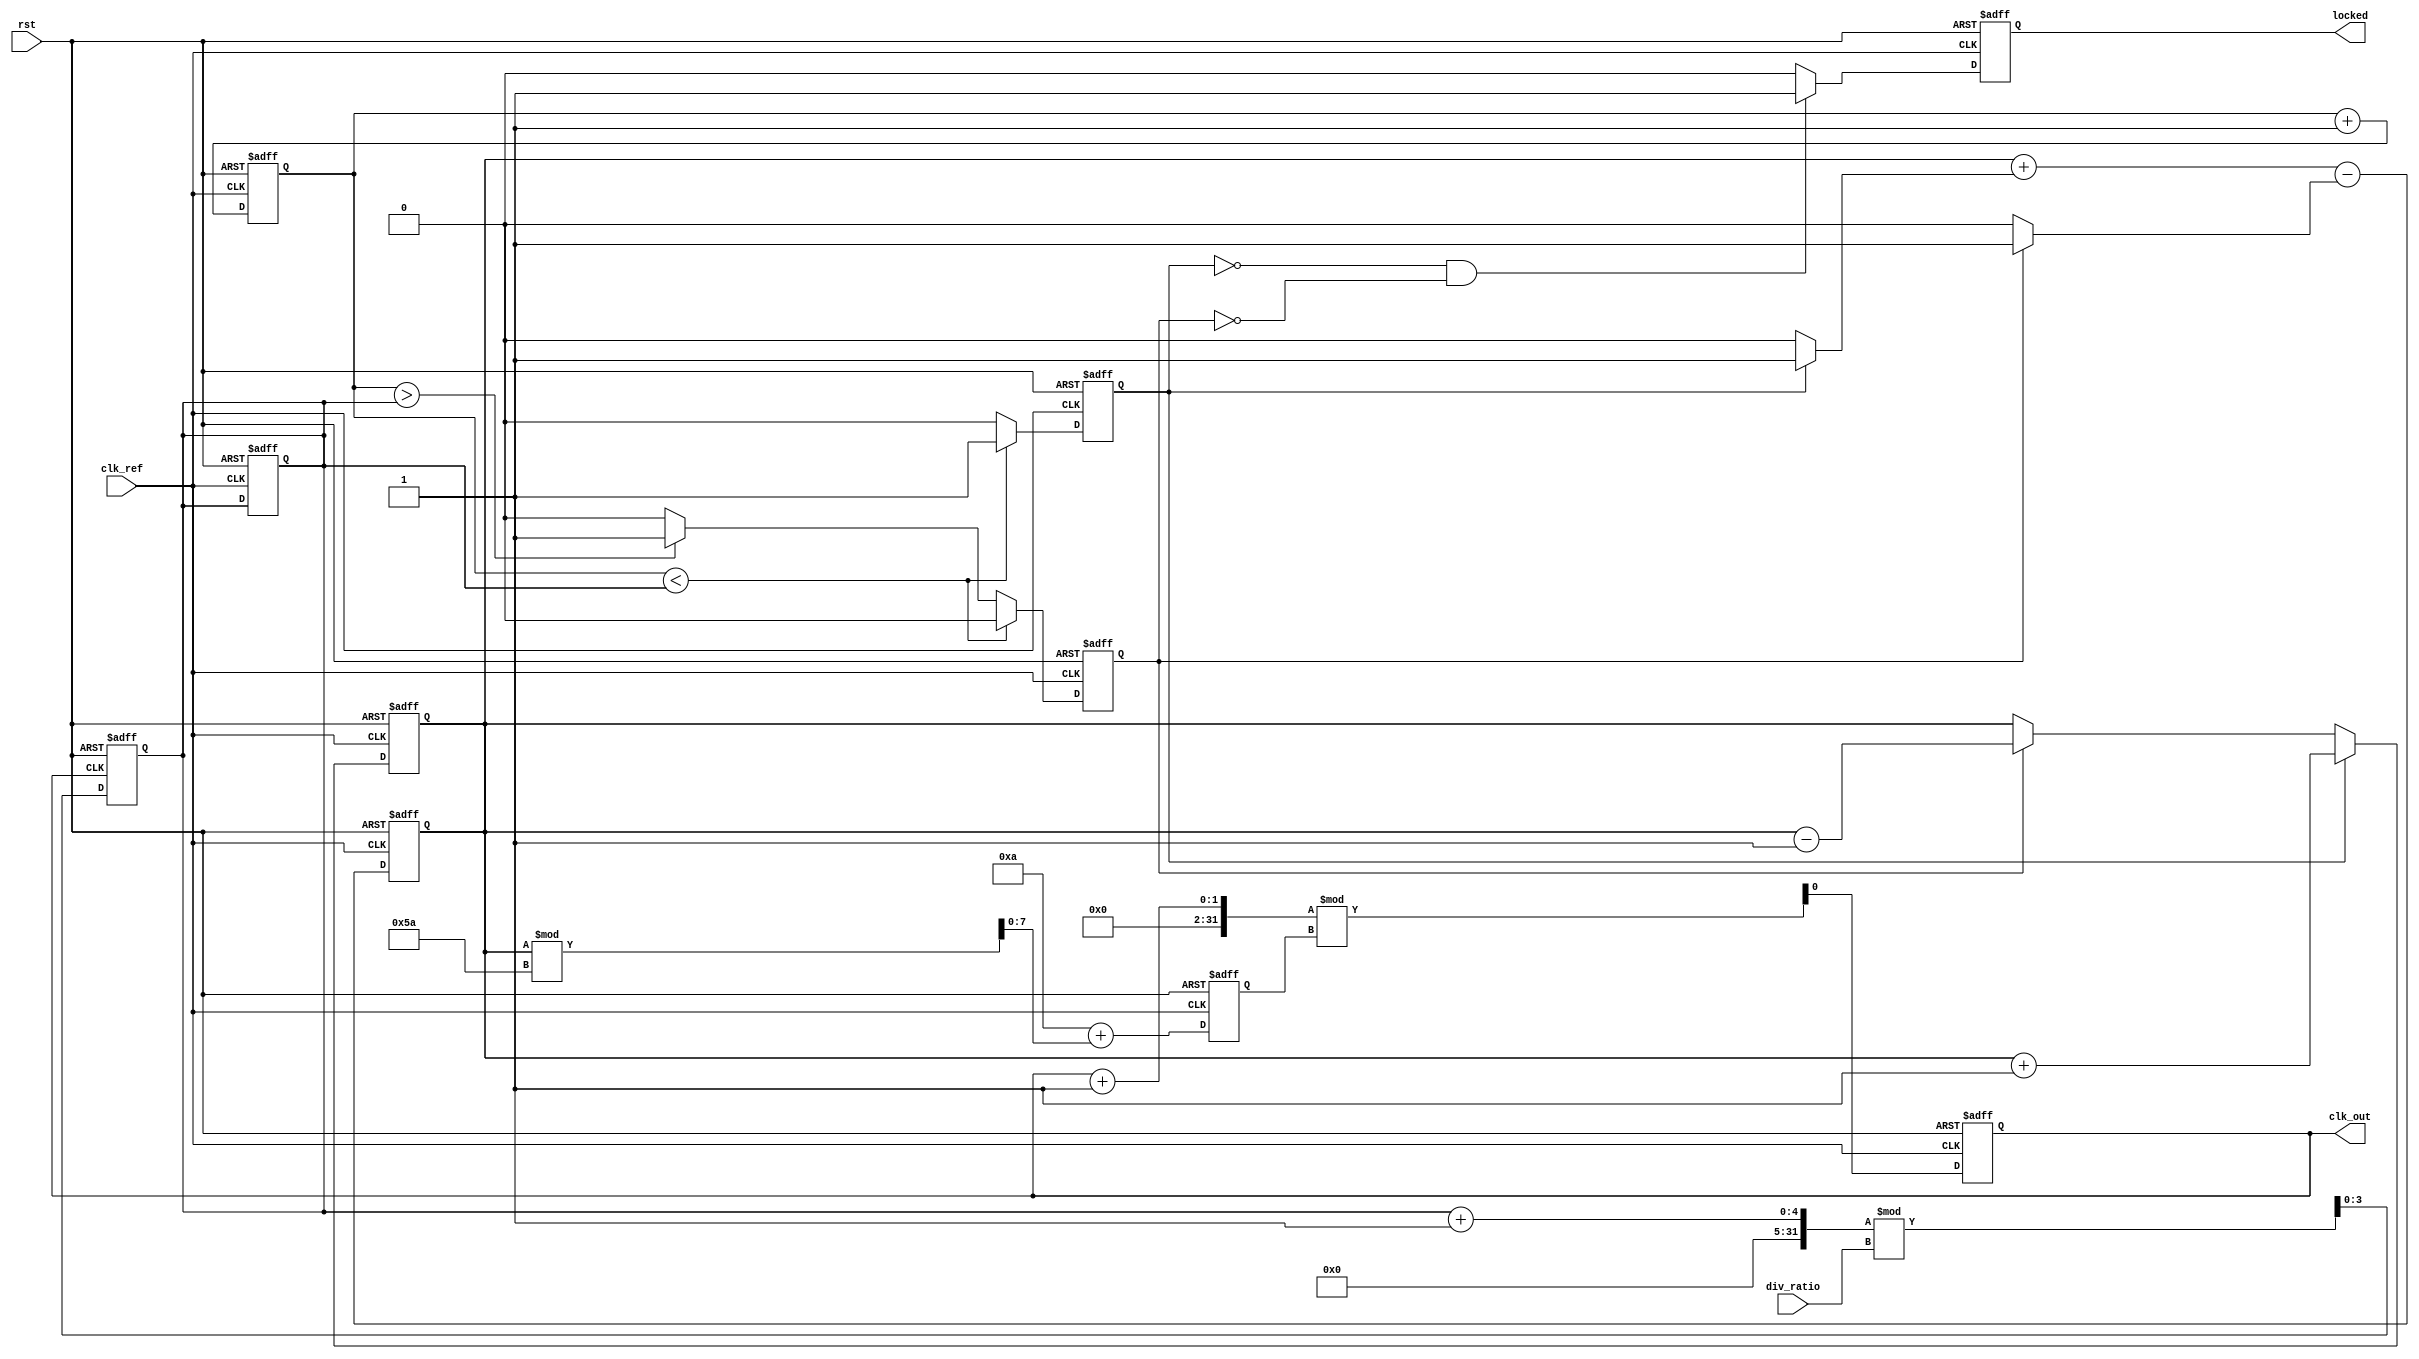
module pll (
    input wire clk_ref,          // Input Reference Clock
    input wire rst,              // Reset signal
    input wire [N-1:0] div_ratio, // Division ratio for feedback divider
    output reg clk_out,          // Output Clock
    output reg locked            // Lock detection signal
);

parameter N = 4;                // Example division ratio width
parameter LOOP_FILTER_SIZE = 8; // Size of the control voltage
parameter VCO_MAX_FREQ = 100;   // Max frequency for VCO
parameter VCO_MIN_FREQ = 10;    // Min frequency for VCO

// Internal signals
reg [LOOP_FILTER_SIZE-1:0] control_voltage;
reg [LOOP_FILTER_SIZE-1:0] vco_freq;
reg up, down;
reg [N-1:0] feedback_counter;
reg [N-1:0] reference_counter;

// Phase Frequency Detector (PFD)
always @(posedge clk_ref or posedge rst) begin
    if (rst) begin
        up <= 0;
        down <= 0;
        reference_counter <= 0;
        feedback_counter <= 0;
    end else begin
        // Compare reference clock and feedback clock
        if (reference_counter < feedback_counter) begin
            up <= 1;
            down <= 0;
        end else if (reference_counter > feedback_counter) begin
            up <= 0;
            down <= 1;
        end else begin
            up <= 0;
            down <= 0;
        end
        reference_counter <= reference_counter + 1;
    end
end

// Charge Pump
always @(posedge clk_ref or posedge rst) begin
    if (rst) begin
        control_voltage <= 0;
    end else begin
        if (up) begin
            control_voltage <= control_voltage + 1; // Increase control voltage
        end else if (down) begin
            control_voltage <= control_voltage - 1; // Decrease control voltage
        end
    end
end

// Loop Filter (simple first-order for demonstration)
always @(posedge clk_ref or posedge rst) begin
    if (rst) begin
        control_voltage <= 0;
    end else begin
        // Implement a simple loop filter (could be more complex)
        control_voltage <= (control_voltage + (up ? 1 : 0) - (down ? 1 : 0));
    end
end

// Voltage-Controlled Oscillator (VCO)
always @(posedge clk_ref or posedge rst) begin
    if (rst) begin
        vco_freq <= VCO_MIN_FREQ; // Start at minimum frequency
        clk_out <= 0;
    end else begin
        // Adjust VCO frequency based on control voltage
        vco_freq <= VCO_MIN_FREQ + (control_voltage % (VCO_MAX_FREQ - VCO_MIN_FREQ));
        // Generate output clock based on VCO frequency
        clk_out <= (clk_out + 1) % vco_freq; // Simple clock generation
    end
end

// Feedback Divider
always @(posedge clk_out or posedge rst) begin
    if (rst) begin
        feedback_counter <= 0;
    end else begin
        feedback_counter <= (feedback_counter + 1) % div_ratio; // Divide output clock
    end
end

// Lock Detection Circuit
always @(posedge clk_ref or posedge rst) begin
    if (rst) begin
        locked <= 0;
    end else begin
        // Simple lock detection logic
        if (up == 0 && down == 0) begin
            locked <= 1; // Locked state
        end else begin
            locked <= 0; // Not locked
        end
    end
end

endmodule